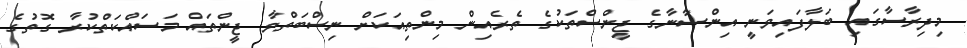
މިދިރާސާގައި ބަލާފައިވަނީ އިންސާނާގެ ޖީންސްތަކުގެ ތެރެއިން މިންތިއަކަށް ނިސްބަތްވާ ޖީންތައް މަސައްކަތްކުރާ ގޮތުގެ